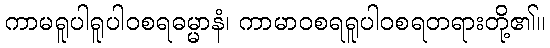
ကာမရူပါရူပါဝစရဓမ္မာနံ၊ ကာမာဝစရရူပါဝစရတရားတို့၏။